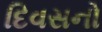
દિવસનો